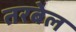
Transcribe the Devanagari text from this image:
तरबेल